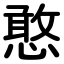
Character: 憨